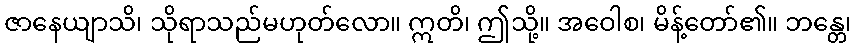
ဇာနေယျာသိ၊ သိုရာသည်မဟုတ်လော။ ဣတိ၊ ဤသို့။ အဝေါစ၊ မိန့်တော်၏။ ဘန္တေ၊